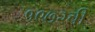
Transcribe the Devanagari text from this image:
१९७२ची